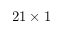
2 1 \times 1